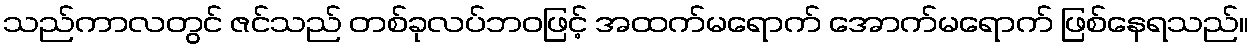
သည်ကာလတွင် ဇင်သည် တစ်ခုလပ်ဘဝဖြင့် အထက်မရောက် အောက်မရောက် ဖြစ်နေရသည်။